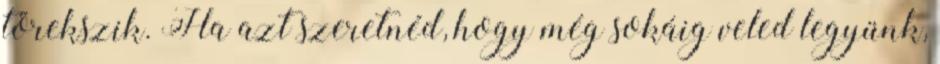
törekszik. Ha azt szeretnéd, hogy még sokáig veled legyünk,